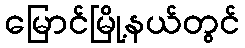
မြောင်မြို့နယ်တွင်